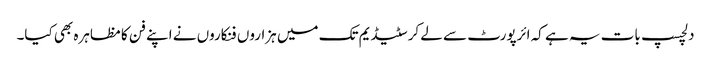
دلچسپ بات یہ ہے کہ ائرپورٹ سے لے کر سٹیڈیم تک میں ہزاروں فنکاروں نے اپنے فن کا مظاہرہ بھی کیا۔